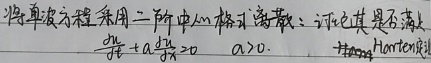
将单波方程采用二阶中心格式离散：  证明其是否满足
\(\frac{\partial f}{\partial t}+a \frac{\partial f}{\partial x}=0\quad a > 0\).  Hong Hamiltonian